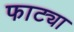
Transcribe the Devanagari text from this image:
फाट्या